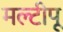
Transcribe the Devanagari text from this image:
मल्टीपू